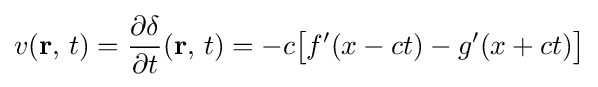
v(\mathbf {r} ,\,t)={\frac {\partial \delta }{\partial t}}(\mathbf {r} ,\,t)=-c{\big [}f'(x-ct)-g'(x+ct){\big ]}